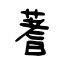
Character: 蓍